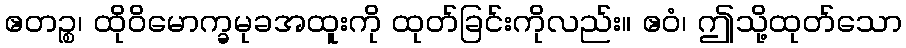
ဧတဉ္စ၊ ထိုဝိမောက္ခမုခအထူးကို ထုတ်ခြင်းကိုလည်း။ ဧဝံ၊ ဤသို့ထုတ်သော